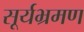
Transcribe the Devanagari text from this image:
सूर्यभ्रमण